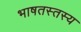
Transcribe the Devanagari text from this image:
भाषतस्तस्य